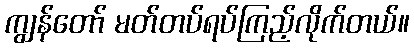
ကျွန်တော် မတ်တပ်ရပ်ကြည့်လိုက်တယ်။